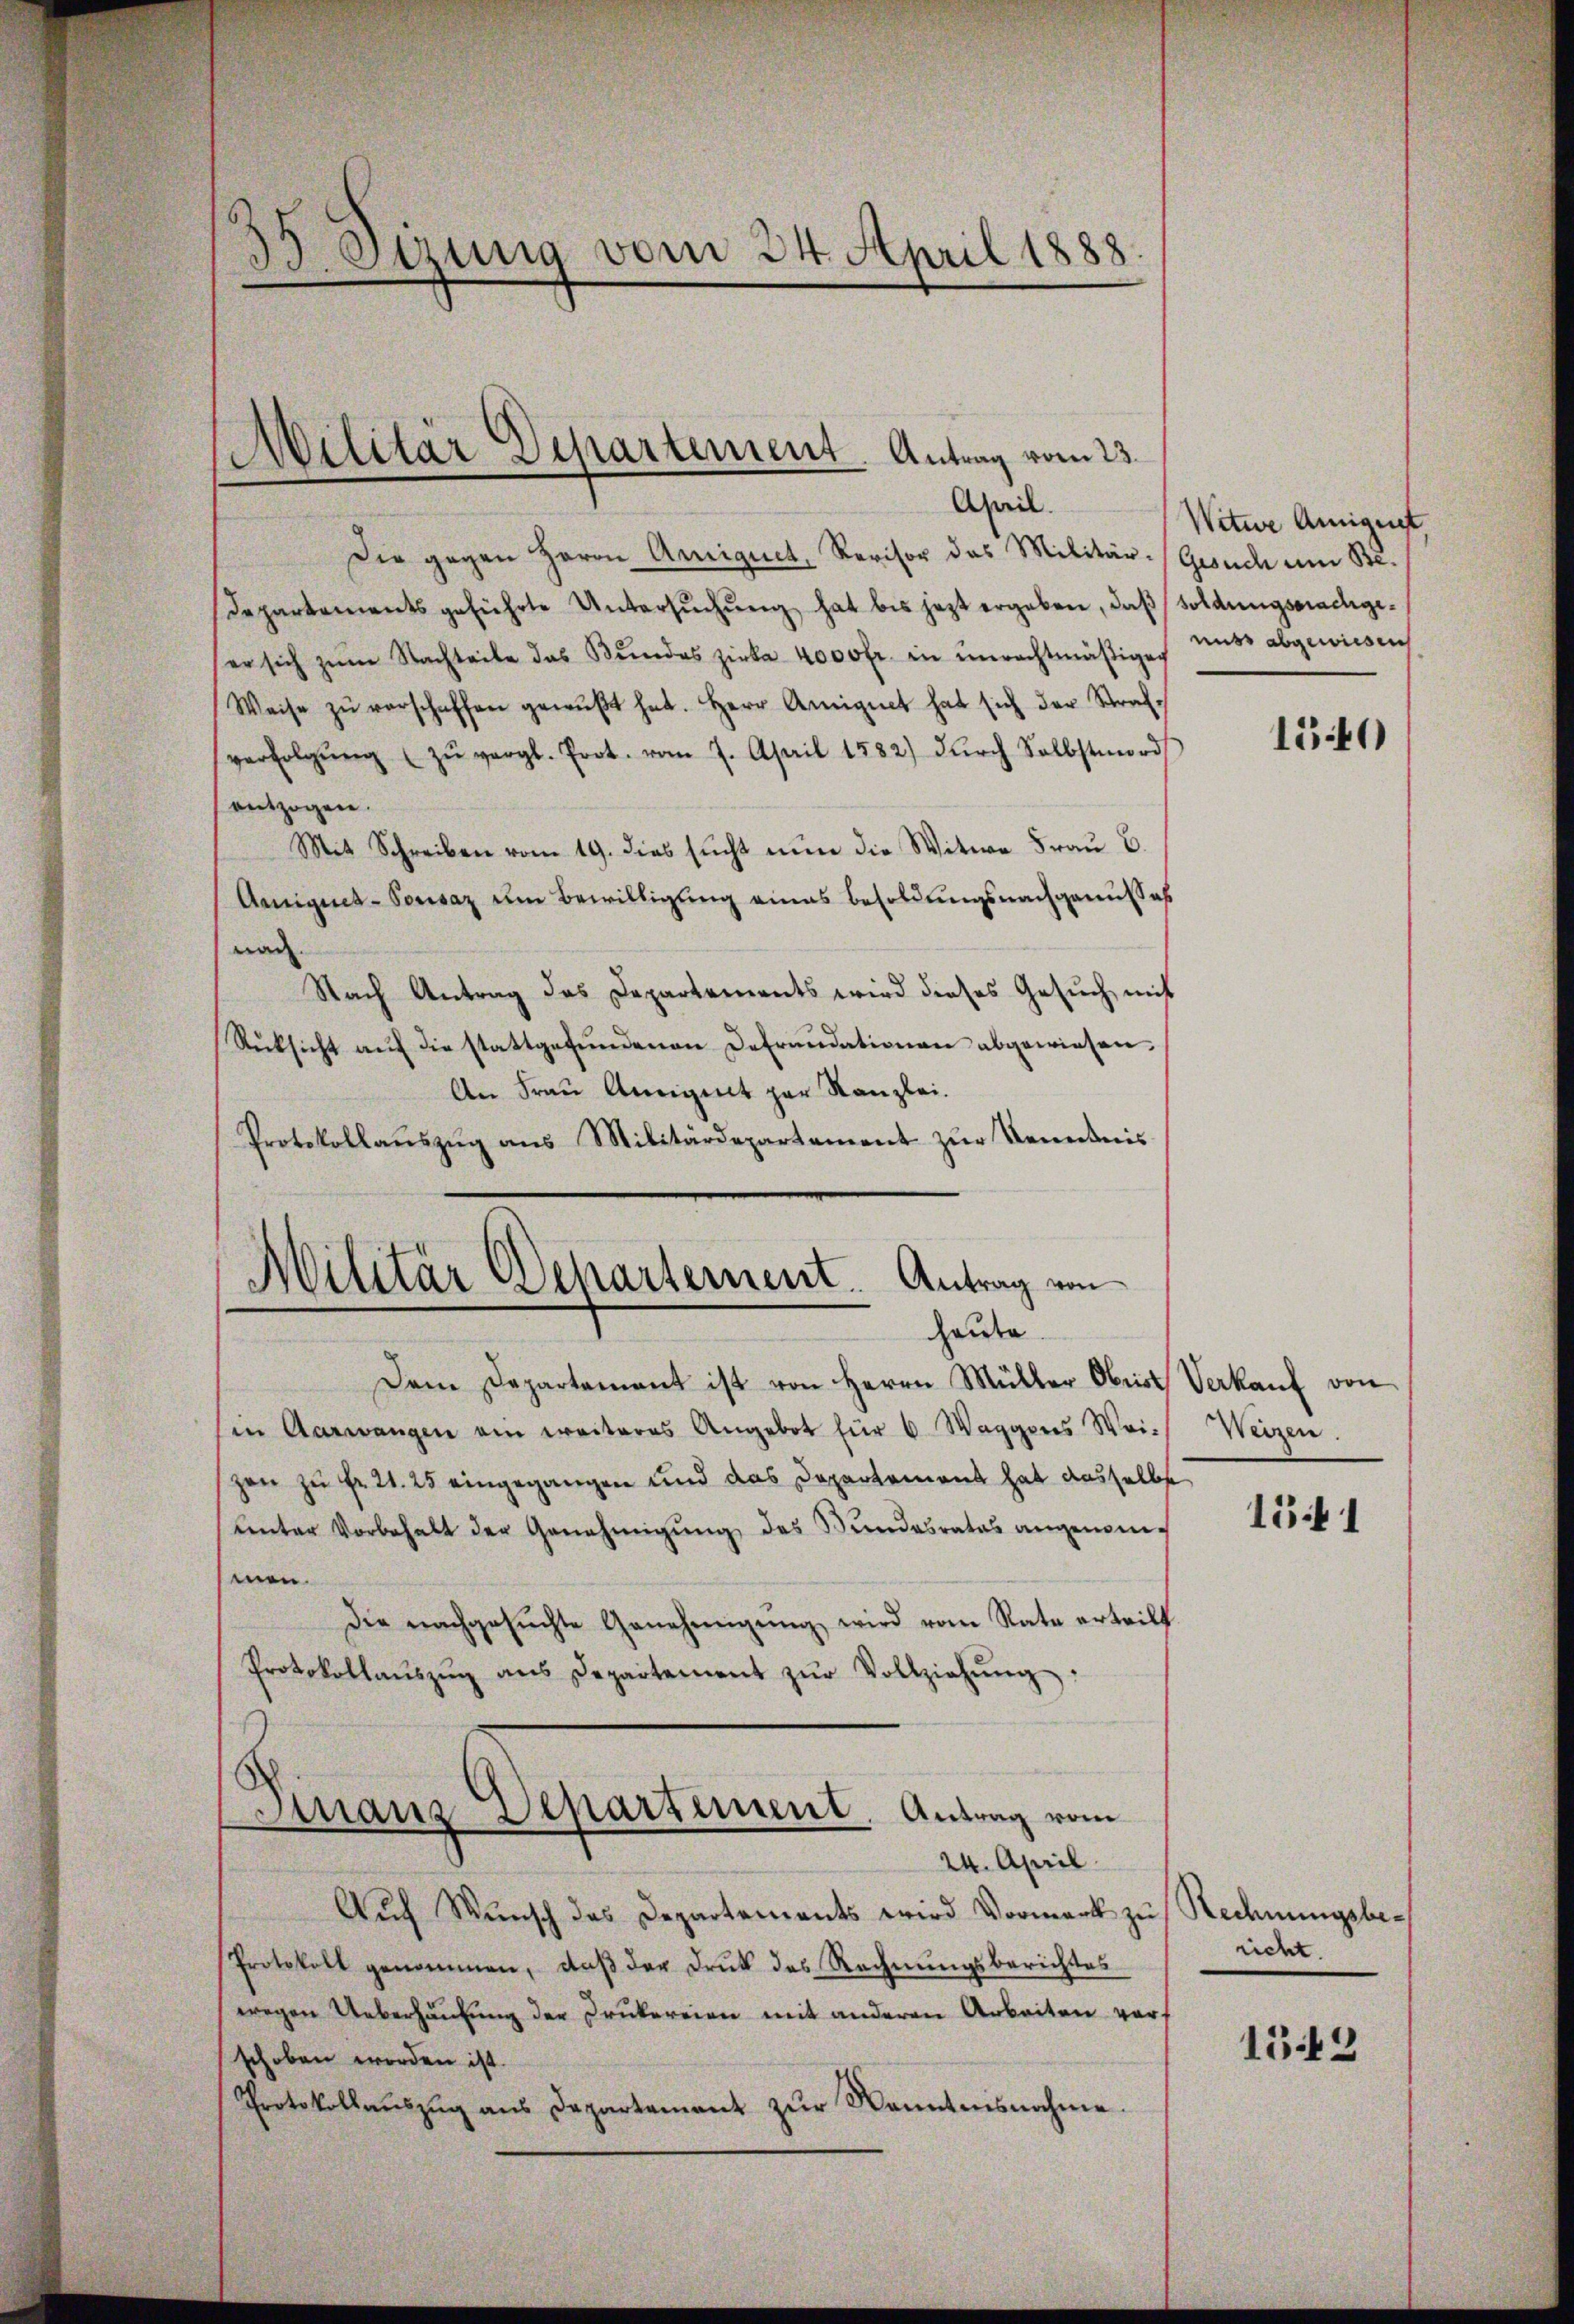
2
Sizung vom 24. April 1888.

April.
Die gegen Herrn Arniquet, Revisor das Militär-Gesuch um Be-
Departements geführte Untersŭchŭng hat bis jetzt ergeben, daβ soldungssachgeer sich zŭm Nachteile das Bŭndes zirka 4000 fr. in unrechtmäßigen muss abgewiesen
Weise zŭ verschaffen gewußt hat. Herr Amignet hat sich der Strafverfolgŭng zŭ vergl. Port. vom 7. April 1882) dŭrch Selbstmord
entzogen.
Mit Schreiben vom 19. dies sŭcht nun die Witwe Frau B.
Arigues-Vorsaz um Bewilligung eines Besoldungsnachgenusses
wach
Nach Antrag das Departements wird dieses Gesŭch mit
Rücksicht auf die stattgefundenen Defraudationen abgewiesen.
An Frau Aneignet zur Kanzlei.
Protokollauszug aus Militärdepartement zur Kenntnis
Militär Departement. Antrag von

Militär Departement. Antrag vom 23.

chaute

Dem Departement ist von Herrn Müller Obrist Verkaŭf von
sin Aarwangen ein weiteres Angebot für 6 Waggons Weich Weizen.
zen zu Fr. 21. 25 eingegangen und das Departement hat dasselbs
ventar Vorbehalt der Genehmigŭng des Bŭndesrates angenommen.
die nachgesŭchte Genehmigŭng wird vom Rate erteilt.
Protokollaŭszŭg ans Departement zŭr Vollziehŭng:
8
Finanz Departement. Antrag vom
24. April.
Auch Wunsch das Departements wird Vormark zu Rechnungsbe¬
Protokoll genommen, daβ der Druk des Rechnŭngsberichtes
wegen Ueberhausung der Drukereien mit anderen Arbeiten vorschoben worden ist.
Protokollaŭszŭg ans Departement zŭr Kenntnisnahme.

Witwe Aneigust

1540

1541

richt.

1543